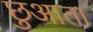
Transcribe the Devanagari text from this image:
छुआता